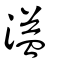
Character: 溢